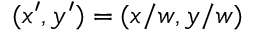
( x ^ { \prime } , y ^ { \prime } ) = ( x / w , y / w )